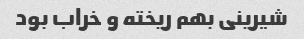
شیرینی بهم ریخته و خراب بود